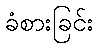
ခံစားခြင်း